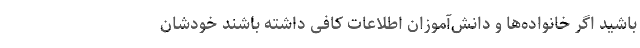
باشید اگر خانواده‌ها و دانش‌آموزان اطلاعات کافی داشته باشند خودشان